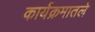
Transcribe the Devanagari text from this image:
कार्यक्रमातले